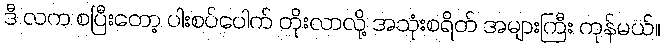
ဒီ လက စပြီးတော့ ပါးစပ်ပေါက် တိုးလာလို့ အသုံးစရိတ် အများကြီး ကုန်မယ်။